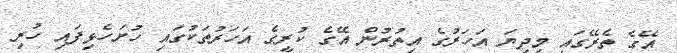
އޭގެ ތެރޭގައި މިދިޔަ އަހަރުގެ އިތުރުން އޭގެ ކުރީގެ އަހަރުތަކުގައި ހުށަހެޅިފައި ހުރި